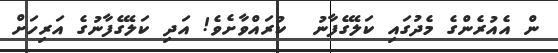
ން އެއުރެންގެ މެދުގައި ކަލޭގެފާނު  ކުރައްވާށެވެ! އަދި ކަލޭގެފާނުގެ އަރިހަށް